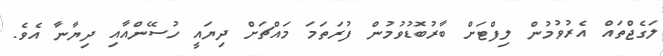
ލަގެޖްތައް އެރުވުމުން ލިފްޓަށް ބާރުބޮޑުވުމުން ފުރަތަމަ މައްޗަށް ދިޔައީ ހުސޭންއާއި ދިޔާނާ އެވެ.